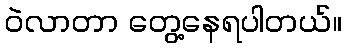
ဝဲလာတာ တွေ့နေရပါတယ်။